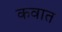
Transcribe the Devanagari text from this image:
कवात